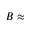
B \approx